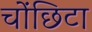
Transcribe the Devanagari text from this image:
चोंछिटा